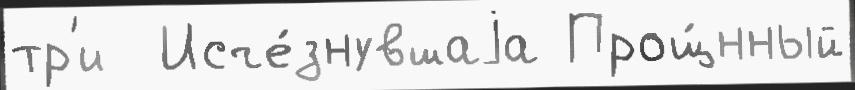
тр'и  Исче́знувшаjа Прощ́нный